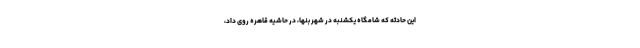
این حادثه که شامگاه یکشنبه در شهر بنها، در حاشیهٔ قاهره روی داد،